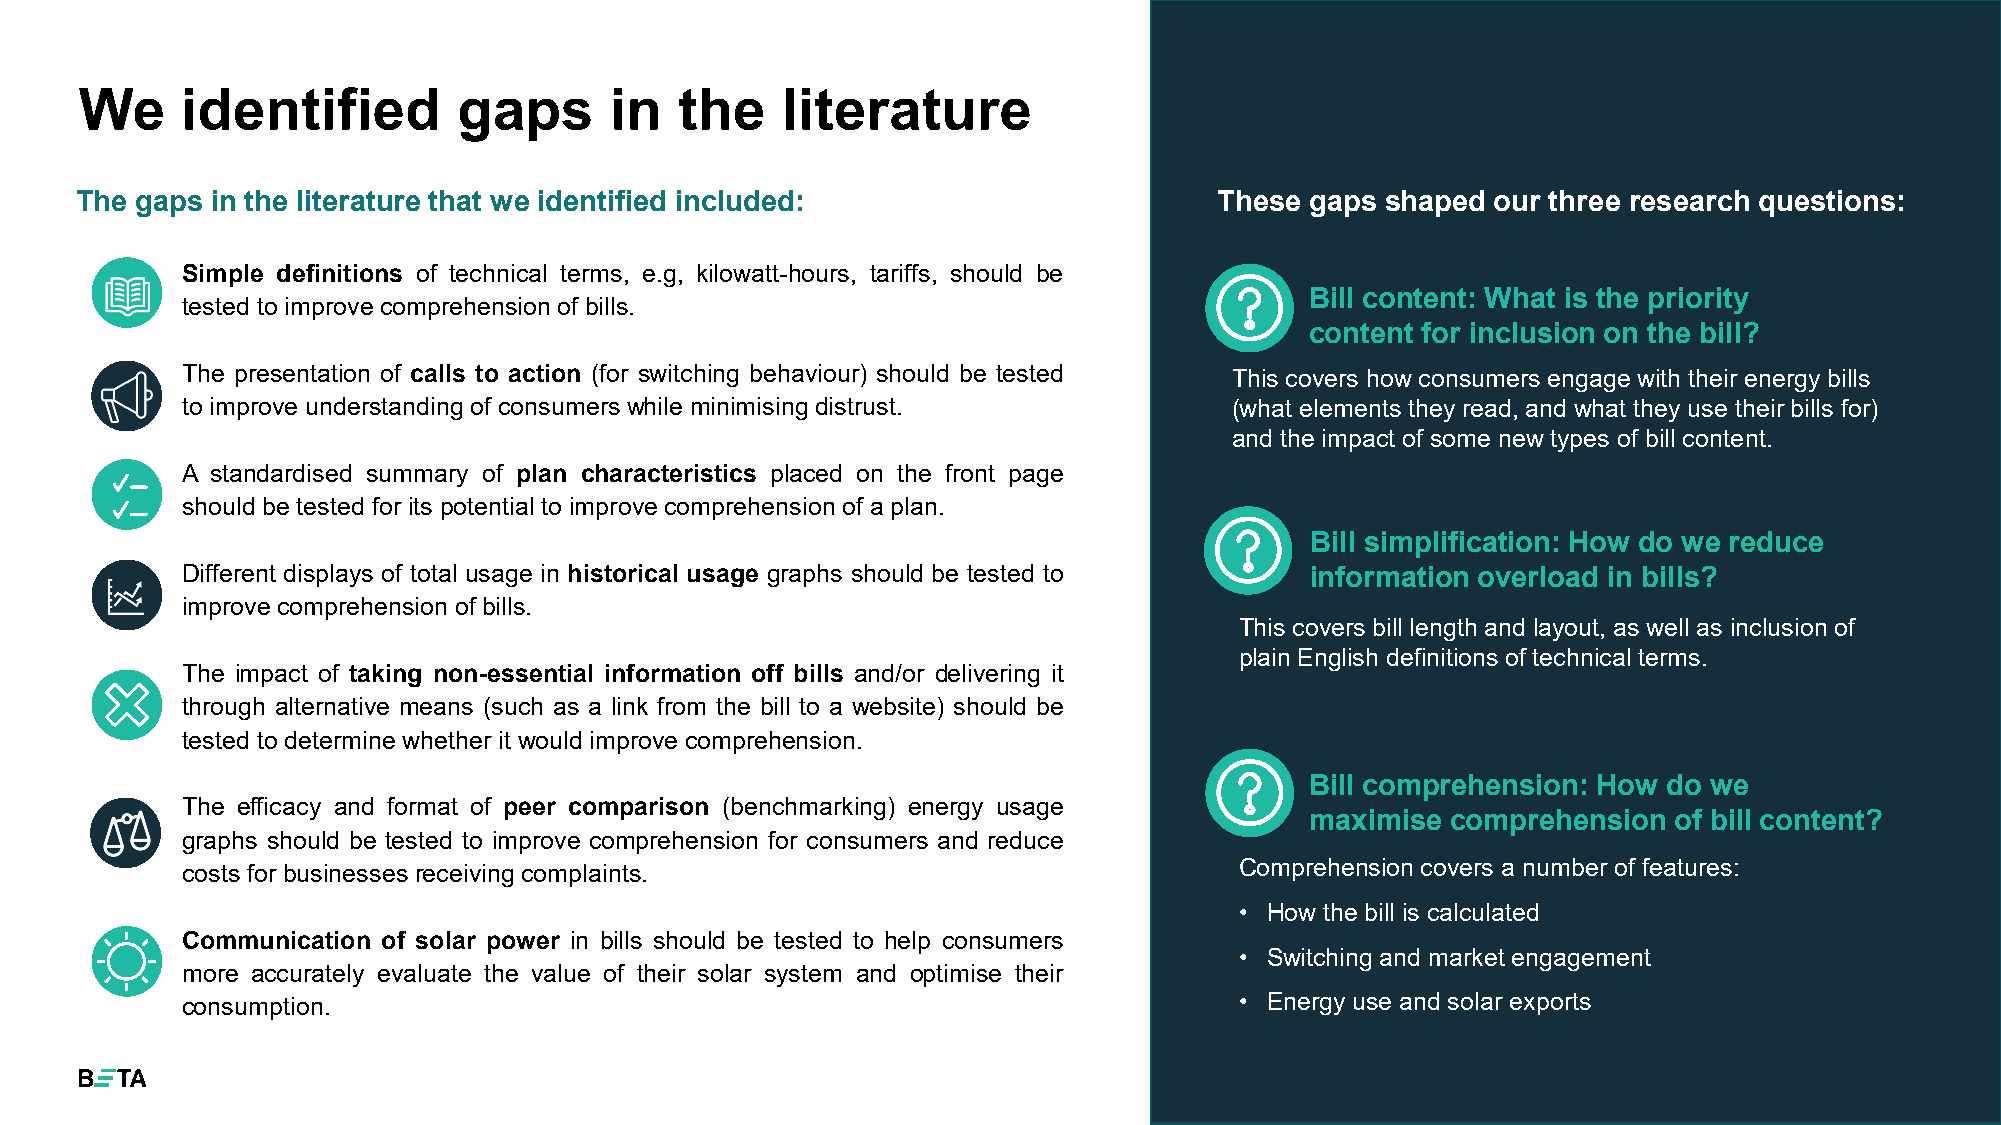
We     identified        gaps      in   the    literature
 The gaps in the literature that we identified included:                     These gaps shaped our three research questions:
 Simple definitions of technical terms, e.g, kilowatt-hours, tariffs, should be
 Bill content: What is the priority
 tested to improve comprehensionof bills.
 content for inclusion on the bill?
 The presentation of calls to action (for switching behaviour) should be tested This covers how consumers engage with their energy bills
 to improve understandingof consumerswhile minimisingdistrust.         (what elements they read, and what they use their bills for)
 and the impact of some new types of bill content.
 A standardised summary of plan characteristics placed on the front page
 should be tested for its potentialto improve comprehension of a plan.
 Bill simplification: How do we reduce
 Different displays of total usage in historical usage graphs should be tested to information overload in bills?
 improve comprehension of bills.
 This covers bill length and layout, as well as inclusion of
 plain English definitions of technical terms.
 The impact of taking non-essential information off bills and/or delivering it
 through alternative means (such as a link from the bill to a website) should be
 tested to determinewhether it would improve comprehension.
 Bill comprehension: How do we
 The efficacy and format of peer comparison (benchmarking) energy usage
 maximise comprehension  of bill content?
 graphs should be tested to improve comprehension for consumers and reduce
 costs for businessesreceiving complaints.                             Comprehension covers a number of features:
 • How the bill is calculated
 Communication of solar power in bills should be tested to help consumers
 • Switching and market engagement
 more accurately evaluate the value of their solar system and optimise their
 consumption.                                                          • Energy use and solar exports
 6